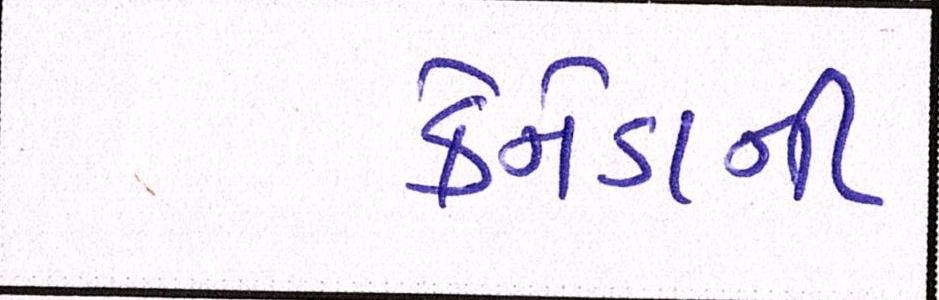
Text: કેનેડાની